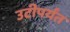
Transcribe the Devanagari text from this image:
उटीपर्यंत